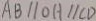
A B / / O H / / C D